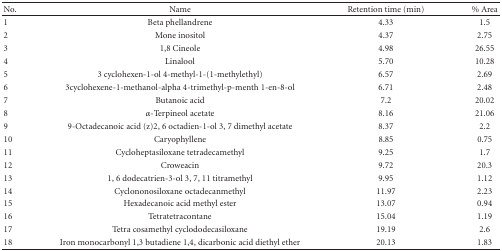
<table><thead><tr><td><b>No.</b></td><td><b>Name</b></td><td><b>Retention time (min)</b></td><td><b>% Area</b></td></tr></thead><tbody><tr><td>1</td><td>Beta phellandrene</td><td>4.33</td><td>1.5</td></tr><tr><td>2</td><td>Mone inositol</td><td>4.37</td><td>2.75</td></tr><tr><td>3</td><td>1,8 Cineole</td><td>4.98</td><td>26.55</td></tr><tr><td>4</td><td>Linalool</td><td>5.70</td><td>10.28</td></tr><tr><td>5</td><td>3 cyclohexen-1-ol 4-methyl-1-(1-methylethyl)</td><td>6.57</td><td>2.69</td></tr><tr><td>6</td><td>3cyclohexene-1-methanol-alpha 4-trimethyl-p-menth 1-en-8-ol</td><td>6.71</td><td>2.48</td></tr><tr><td>7</td><td>Butanoic acid</td><td>7.2</td><td>20.02</td></tr><tr><td>8</td><td><i>α</i>-Terpineol acetate</td><td>8.16</td><td>21.06</td></tr><tr><td>9</td><td>9-Octadecanoic acid (z)2, 6 octadien-1-ol 3, 7 dimethyl acetate</td><td>8.37</td><td>2.2</td></tr><tr><td>10</td><td>Caryophyllene</td><td>8.85</td><td>0.75</td></tr><tr><td>11</td><td>Cycloheptasiloxane tetradecamethyl</td><td>9.25</td><td>1.7</td></tr><tr><td>12</td><td>Croweacin</td><td>9.72</td><td>20.3</td></tr><tr><td>13</td><td>1, 6 dodecatrien-3-ol 3, 7, 11 titramethyl</td><td>9.95</td><td>1.12</td></tr><tr><td>14</td><td>Cyclononosiloxane octadecanmethyl</td><td>11.97</td><td>2.23</td></tr><tr><td>15</td><td>Hexadecanoic acid methyl ester</td><td>13.07</td><td>0.94</td></tr><tr><td>16</td><td>Tetratetracontane</td><td>15.04</td><td>1.19</td></tr><tr><td>17</td><td>Tetra cosamethyl cyclododecasiloxane</td><td>19.19</td><td>2.6</td></tr><tr><td>18</td><td>Iron monocarbonyl 1,3 butadiene 1,4, dicarbonic acid diethyl ether</td><td>20.13</td><td>1.83</td></tr></tbody></table>